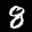
Label: 8